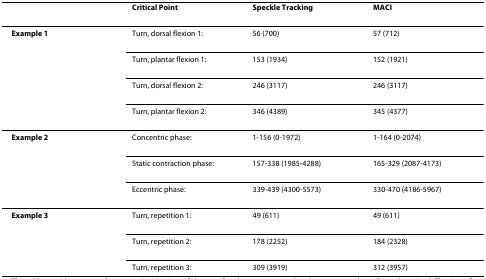
<table><thead><tr><td></td><td><b>Critical Point</b></td><td><b>Speckle Tracking</b></td><td><b>MACI</b></td></tr></thead><tbody><tr><td><b>Example 1</b></td><td>Turn, dorsal flexion 1:</td><td>56 (700)</td><td>57 (712)</td></tr><tr><td></td><td>Turn, plantar flexion 1:</td><td>153 (1934)</td><td>152 (1921)</td></tr><tr><td></td><td>Turn, dorsal flexion 2:</td><td>246 (3117)</td><td>246 (3117)</td></tr><tr><td></td><td>Turn, plantar flexion 2:</td><td>346 (4389)</td><td>345 (4377)</td></tr><tr><td><b>Example 2</b></td><td>Concentric phase:</td><td>1-156 (0-1972)</td><td>1-164 (0-2074)</td></tr><tr><td></td><td>Static contraction phase:</td><td>157-338 (1985-4288)</td><td>165-329 (2087-4173)</td></tr><tr><td></td><td>Eccentric phase:</td><td>339-439 (4300-5573)</td><td>330-470 (4186-5967)</td></tr><tr><td><b>Example 3</b></td><td>Turn, repetition 1:</td><td>49 (611)</td><td>49 (611)</td></tr><tr><td></td><td>Turn, repetition 2:</td><td>178 (2252)</td><td>184 (2328)</td></tr><tr><td></td><td>Turn, repetition 3:</td><td>309 (3919)</td><td>312 (3957)</td></tr></tbody></table>